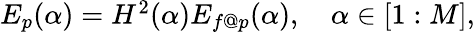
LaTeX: \begin{array}{r}{E_{p}(\alpha)=H^{2}(\alpha)E_{f@p}(\alpha),\quad\alpha\in[1:M],}\end{array}